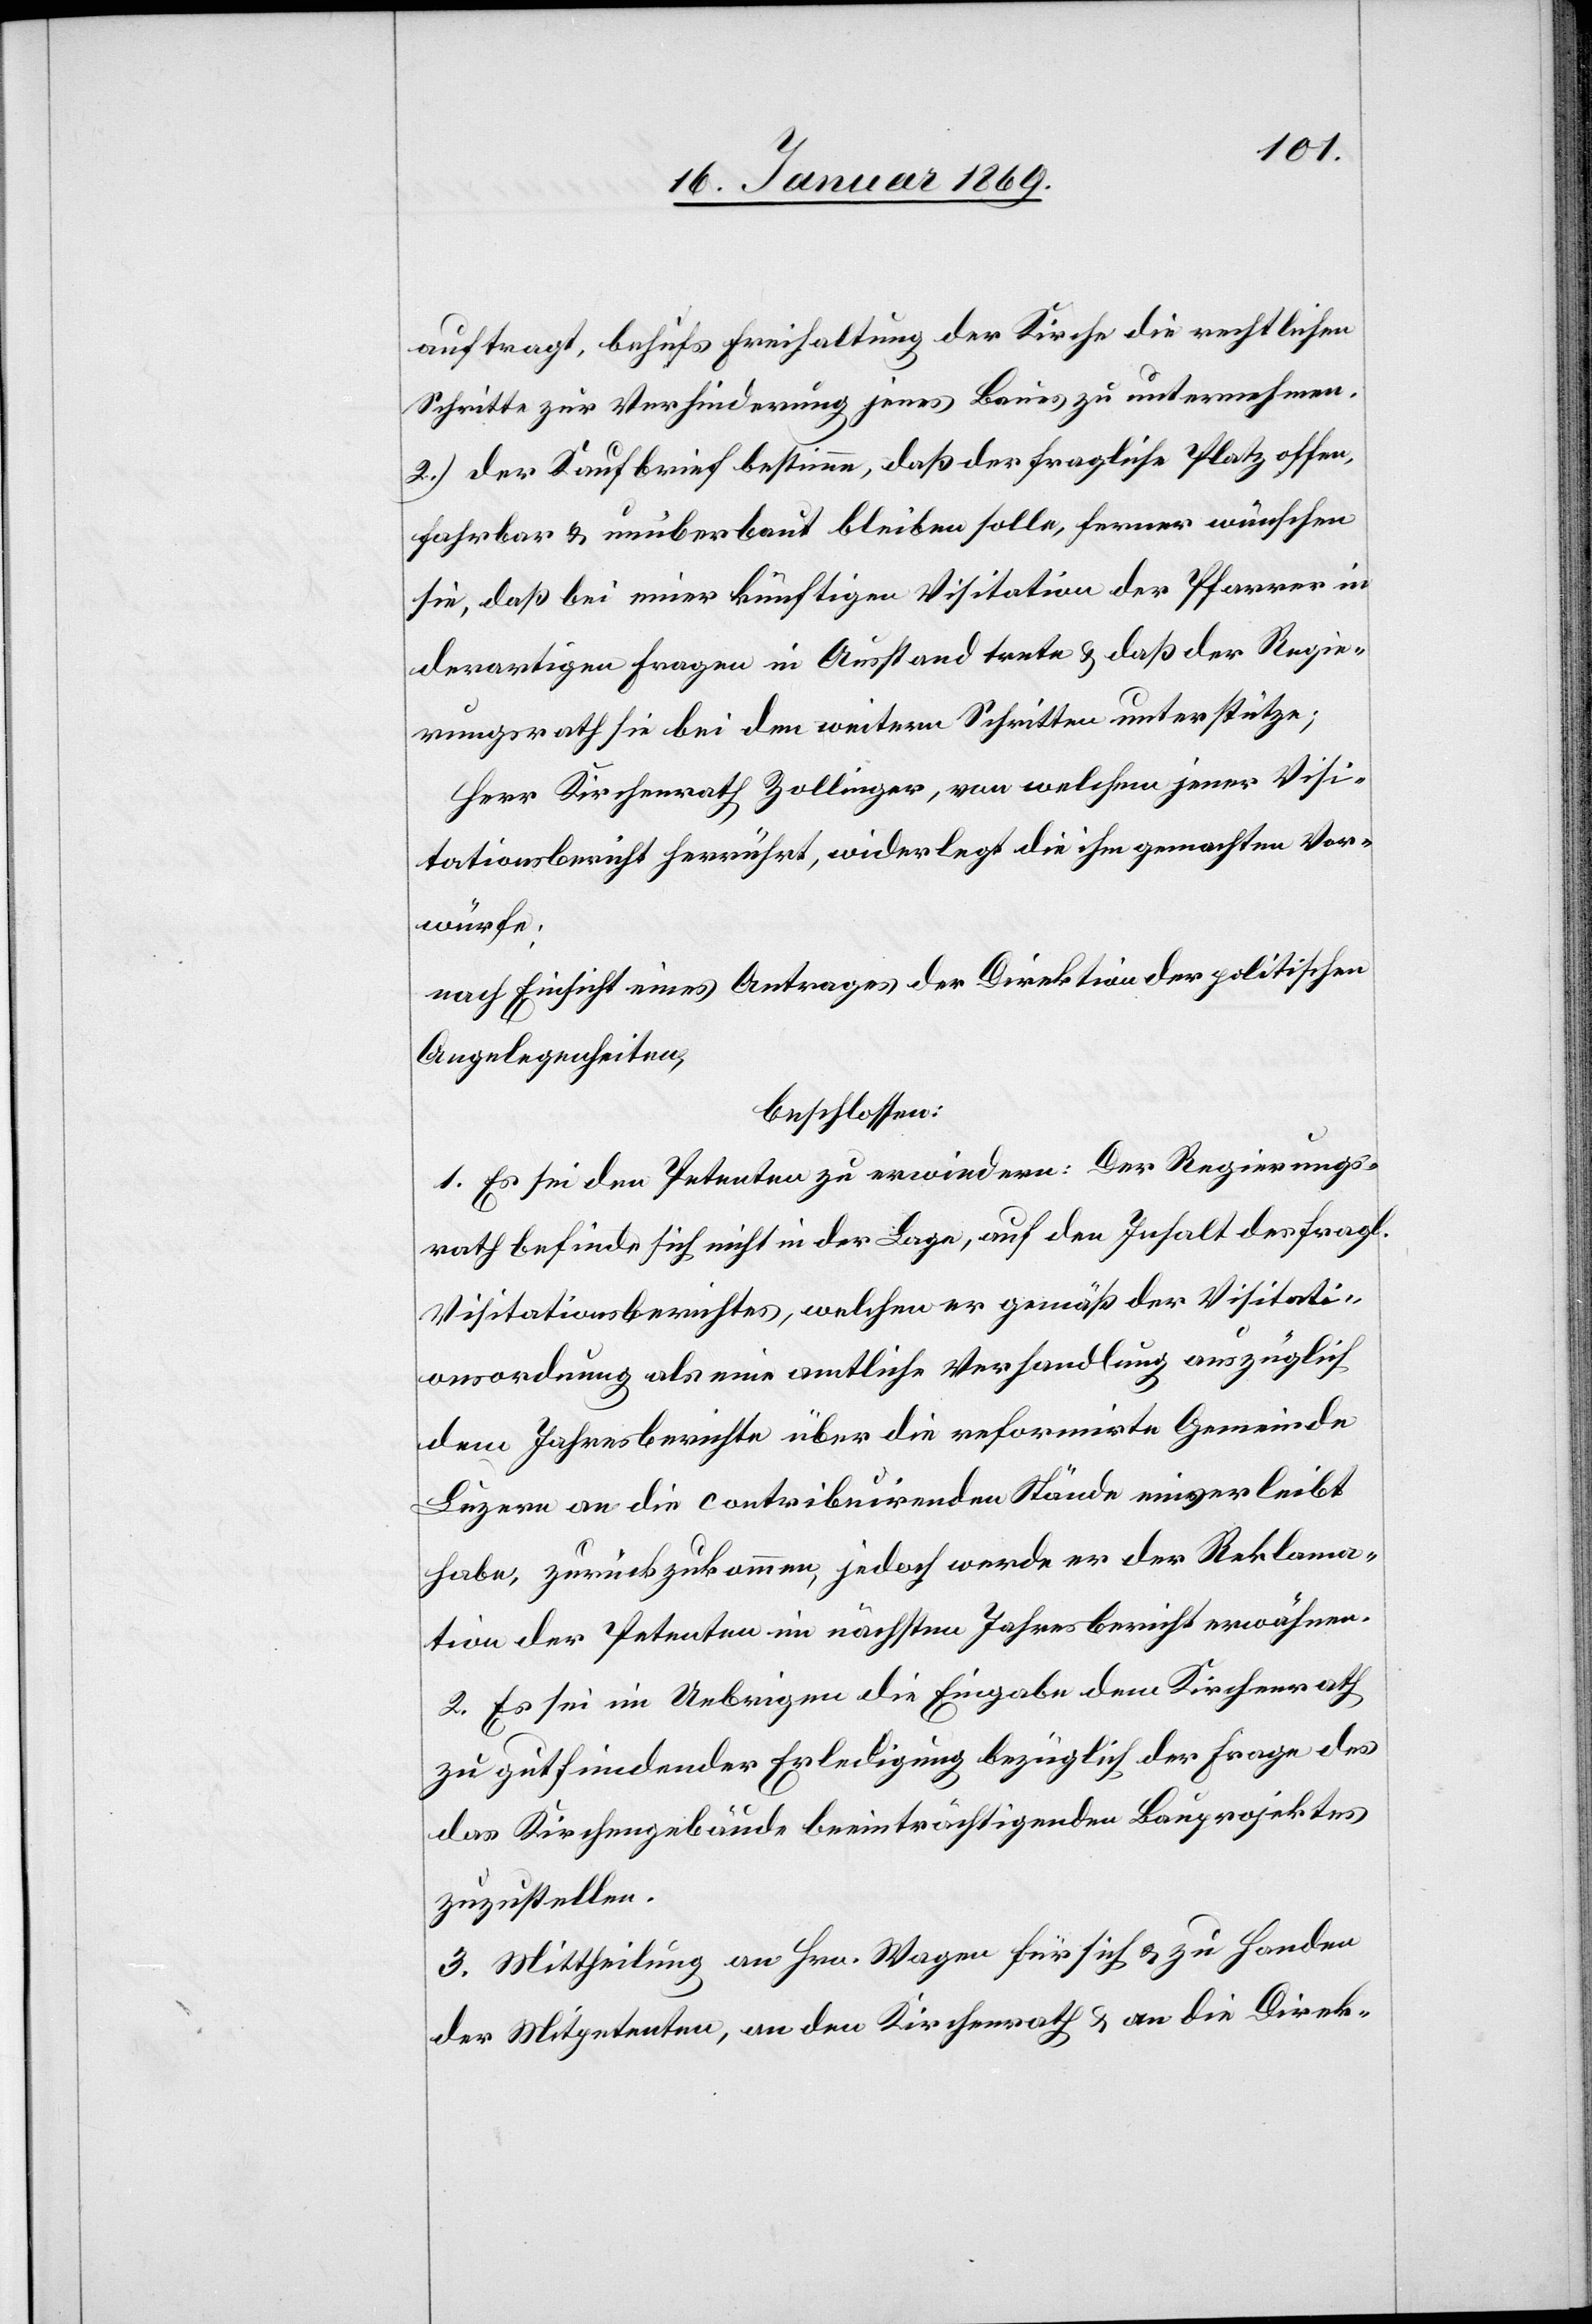
auftragt, behufs Freihaltung der Kirche die rechtlichen
Schritte zur Verhinderung jenes Baues zu unternehmen.
2.) Der Kaufbrief bestimme, daß der fragliche Platz offen,
fahrbar u. unüberbaut bleiben solle, ferner wünschen
sie, daß bei einer künftigen Visitation der Pfarrer in
derartigen Fragen in Ausstand trete u. daß der Regie¬
rungsrath sie bei den weitern Schritten unterstütze;
Herr Kirchenrath Zollinger, von welchem jener Visi¬
tationsbericht herrührt, widerlegt die ihm gemachten Vor¬
würfe;
nach Einsicht eines Antrages der Direktion der politischen
Angelegenheiten,
beschlossen:
1. Es sei den Petenten zu erwiedern: Der Regierungs¬
rath befinde sich nicht in der Lage, auf den Inhalt des fragl.
Visitationsberichtes, welchen er gemäß der Visitati¬
onsordnung als eine amtliche Verhandlung auszüglich
dem Jahresberichte über die reformirte Gemeinde
Luzern an die contribuirenden Stände einverleibt
habe, zurückzukommen, jedoch werde er der [sic!] Reklama¬
tion der Petenten im nächsten Jahresbericht erwähnen.
2. Es sei im Uebrigen die Eingabe dem Kirchenrath
zu gutfindender Erledigung bezüglich der Frage des
das Kirchengebäude beeinträchtigenden Bauprojektes
zuzustellen.
3. Mittheilung an Hrn. Wagen für sich u. zu Handen
der Mitpetenten, an den Kirchenrath u. an die Direk-